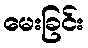
မေးခြင်း